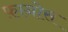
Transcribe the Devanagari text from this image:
फ़ानोस